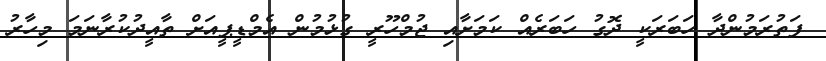
ފަތުރަމުންދާ ހަބަރަކީ ދޮގު ހަބަރެއް ކަމަށާއި ޖުމްހޫރީ ގުޅުމުން އެމްޑީޕީއަށް ތާއީދުކުރާނަމަ މިހާރު